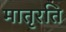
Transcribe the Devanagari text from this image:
मातृरति